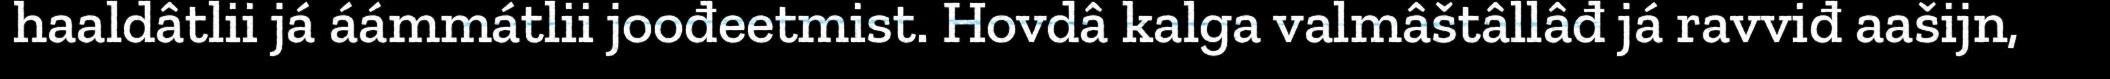
haaldâtlii já áámmátlii joođeetmist. Hovdâ kalga valmâštâllâđ já ravviđ aašijn,